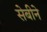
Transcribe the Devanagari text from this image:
सेबीने